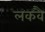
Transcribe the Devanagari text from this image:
लकवै